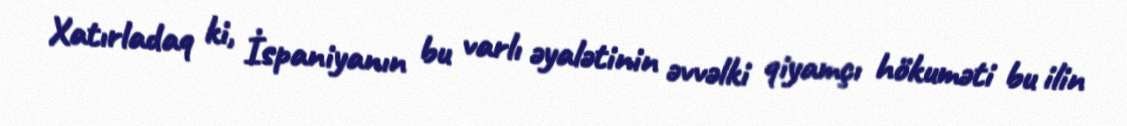
Xatırladaq ki, İspaniyanın bu varlı əyalətinin əvvəlki qiyamçı hökuməti bu ilin